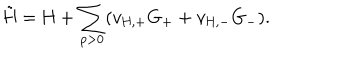
\tilde { \mathrm { H } } = \mathrm { H } + \sum _ { p > 0 } ( v _ { \mathrm { H , + } } \mathrm { G } _ { + } + v _ { \mathrm { H , - } } \mathrm { G } _ { - } ) .